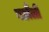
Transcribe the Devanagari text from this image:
नछौली